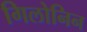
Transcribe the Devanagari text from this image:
गिलोनिन